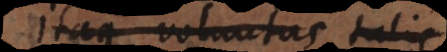
que voluntas talis